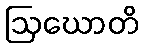
ဩဃောတိ